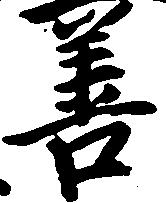
善